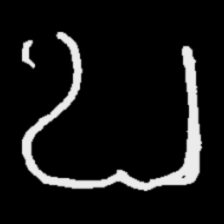
Pyu character \u2014 Myanmar letter: ဎ (romanized: ddha)